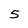
Character: 5